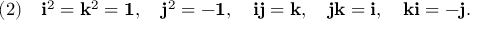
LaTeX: ( 2 ) \quad { \mathrm { \bf { i } } } ^ { 2 } = { \mathrm { \bf { k } } } ^ { 2 } = { \mathrm { \bf { 1 } } } , \quad { \mathrm { \bf { j } } } ^ { 2 } = - { \mathrm { \bf { 1 } } } , \quad { \mathrm { \bf { i } } } { \mathrm { \bf { j } } } = { \mathrm { \bf { k } } } , \quad { \mathrm { \bf { j } } } { \mathrm { \bf { k } } } = { \mathrm { \bf { i } } } , \quad { \mathrm { \bf { k } } } { \mathrm { \bf { i } } } = - { \mathrm { \bf { j } } } .